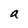
Character: a